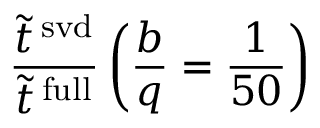
\frac { \tilde { t } ^ { \mathrm { \, s v d } } } { \tilde { t } ^ { \mathrm { \, f u l l } } } \left( \frac { b } { q } = \frac { 1 } { 5 0 } \right)